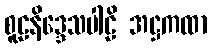
စူဠနိဒ္ဒေသပါဠိ အဋ္ဌကထာ